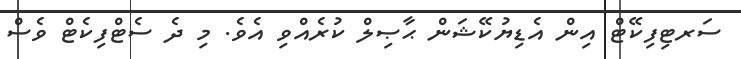
ސަރޓިފިކޭޓް އިން އެޑިޔުކޭޝަން ޙާޞިލް ކުރެއްވި އެވެ. މި ދެ ސެޓްފިކެޓް ވެސް